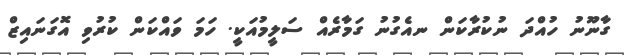
ގާނޫނު ހުއްދަ ނުކުރާކަން ނއެގުނު ގަމާރެއް ސަލީމުއަކީ. ހަމަ ވައްކަން ކުރުވި އޮގަނައިޒް